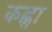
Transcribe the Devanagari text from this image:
कह्ना